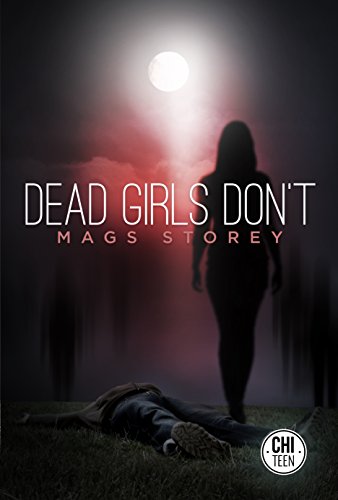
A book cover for Dead Girls Don't; Mags Storey; Teen & Young Adult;